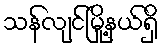
သန်လျင်မြို့နယ်ရှိ